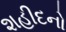
શહીદનો